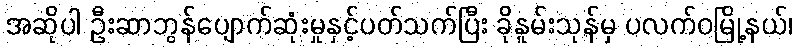
အဆိုပါ ဦးဆာဘွန်ပျောက်ဆုံးမှုနှင့်ပတ်သက်ပြီး ခိုနူမ်းသုန်မှ ပလက်ဝမြို့နယ်၊